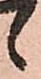
候